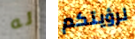
له لرؤيتكم